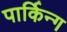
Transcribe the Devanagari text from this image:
पार्किन्ग